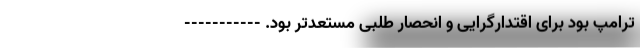
ترامپ بود برای اقتدارگرایی و انحصار طلبی مستعدتر بود. -----------